system: You are a helpful assistant.
user:
Analyze the provided spectrum to determine if it is a **M-type Giant (gM)**.

A M-type Giant spectrum is defined by its **strong molecular absorption** features, particularly from **Titanium Oxide (TiO)**. You must check for one of the following mutually exclusive signatures:

- **Key Visual Indicators (Absorption-Dominated Spectrum):**

    - **(Primary):** The spectrum is dominated by strong molecular absorption from **Titanium Oxide (TiO)**. This is the **defining feature** of its M-type temperature class.
        - **(Key Bandheads):** Look for sharp, "saw-tooth" absorption valleys. The strongest are located near **~7050 Å**, **~6160 Å**, and **~5170 Å**.
        - **(Line Profile):** The "saw-tooth" morphology is critical: a **sharp, steep drop on the BLUE (short-wavelength) side** of the bandhead, followed by a gradual recovery (rising flux) towards the RED (long-wavelength) side.

    - **(Key Confirmation - Giant vs. Dwarf):** **ABSENCE** of strong **Calcium Hydride (CaH)** molecular bands. This is the primary diagnostic for *excluding* M-dwarfs.
        - **(Key Region):** The spectrum should lack the strong, broad absorption band seen in dwarfs between **~6800 Å and ~7000 Å**.

    - **(Secondary Confirmation - Giant):** A very strong and broad **Neutral Calcium (Ca I)** atomic absorption line.
        - **(Key Line):** Located at **~4226 Å**. In a giant (gM), this line is significantly deeper and broader than the same line in an M-dwarf (dM) due to low surface gravity.

    - **(Overall Spectrum):**
        - The continuum is **extremely red-sloping** (i.e., flux is very low in the blue and rises dramatically towards the red).
        - The entire spectrum appears "chopped up" by the deep TiO bands.

Think first, call **spectral_visualization_tool** if needed to examine features in detail, then provide your final answer. Your response must adhere to the following strict rules:
1.  **Overall Structure:** Your response must follow the format `<think>...</think> <tool_call>...</tool_call> (if a tool is used) <answer>...</answer>`.
2.  **Tool Usage Constraint:** You may only make **one** tool call per turn.
3.  **Final Answer Format:** In the `<answer>` tag, your conclusion must be inside a `\boxed{}` command (e.g., `\boxed{YES}` or `\boxed{NO}`), followed by your justification.

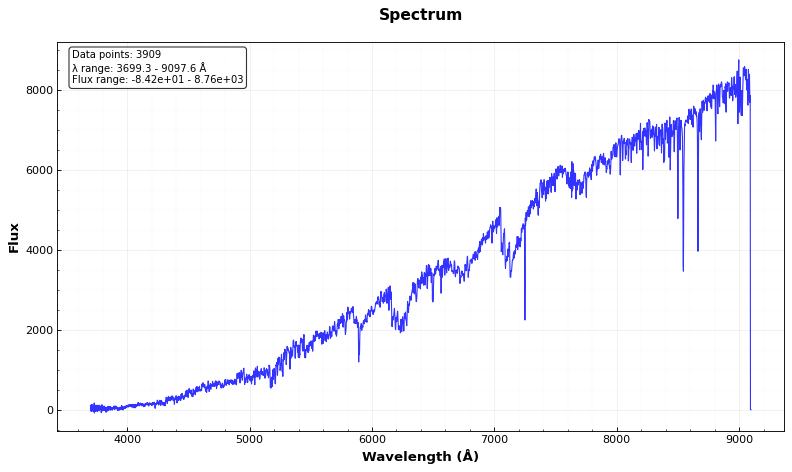
Answer: YES